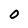
Character: O